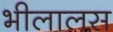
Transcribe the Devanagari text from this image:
भीलालस